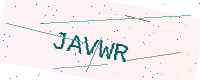
Text: JAVWR